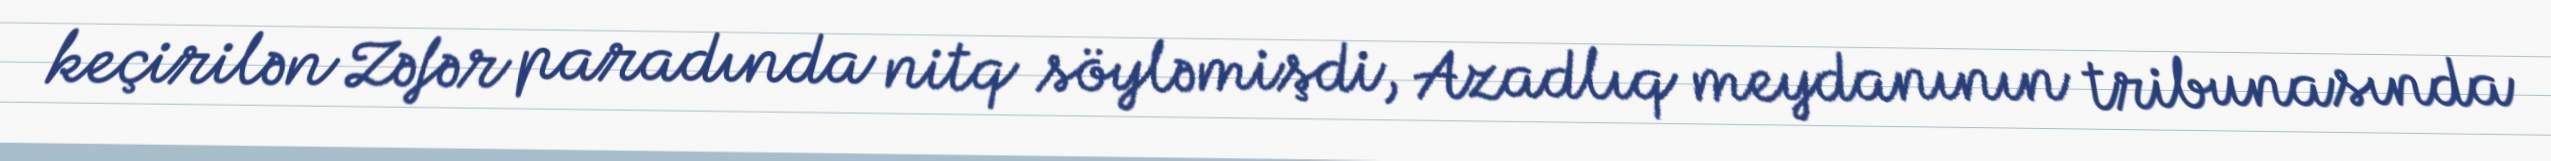
keçirilən Zəfər paradında nitq söyləmişdi, Azadlıq meydanının tribunasında